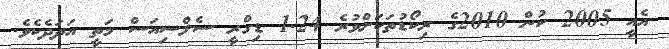
އެއީ 2005 ކުން 2010ގެ ރިކޯޑުތަކަށްވުރެ 1.24 ޑިގްރީ ސެލްސިއަސް މަތީ އަދަދެކެވެ.